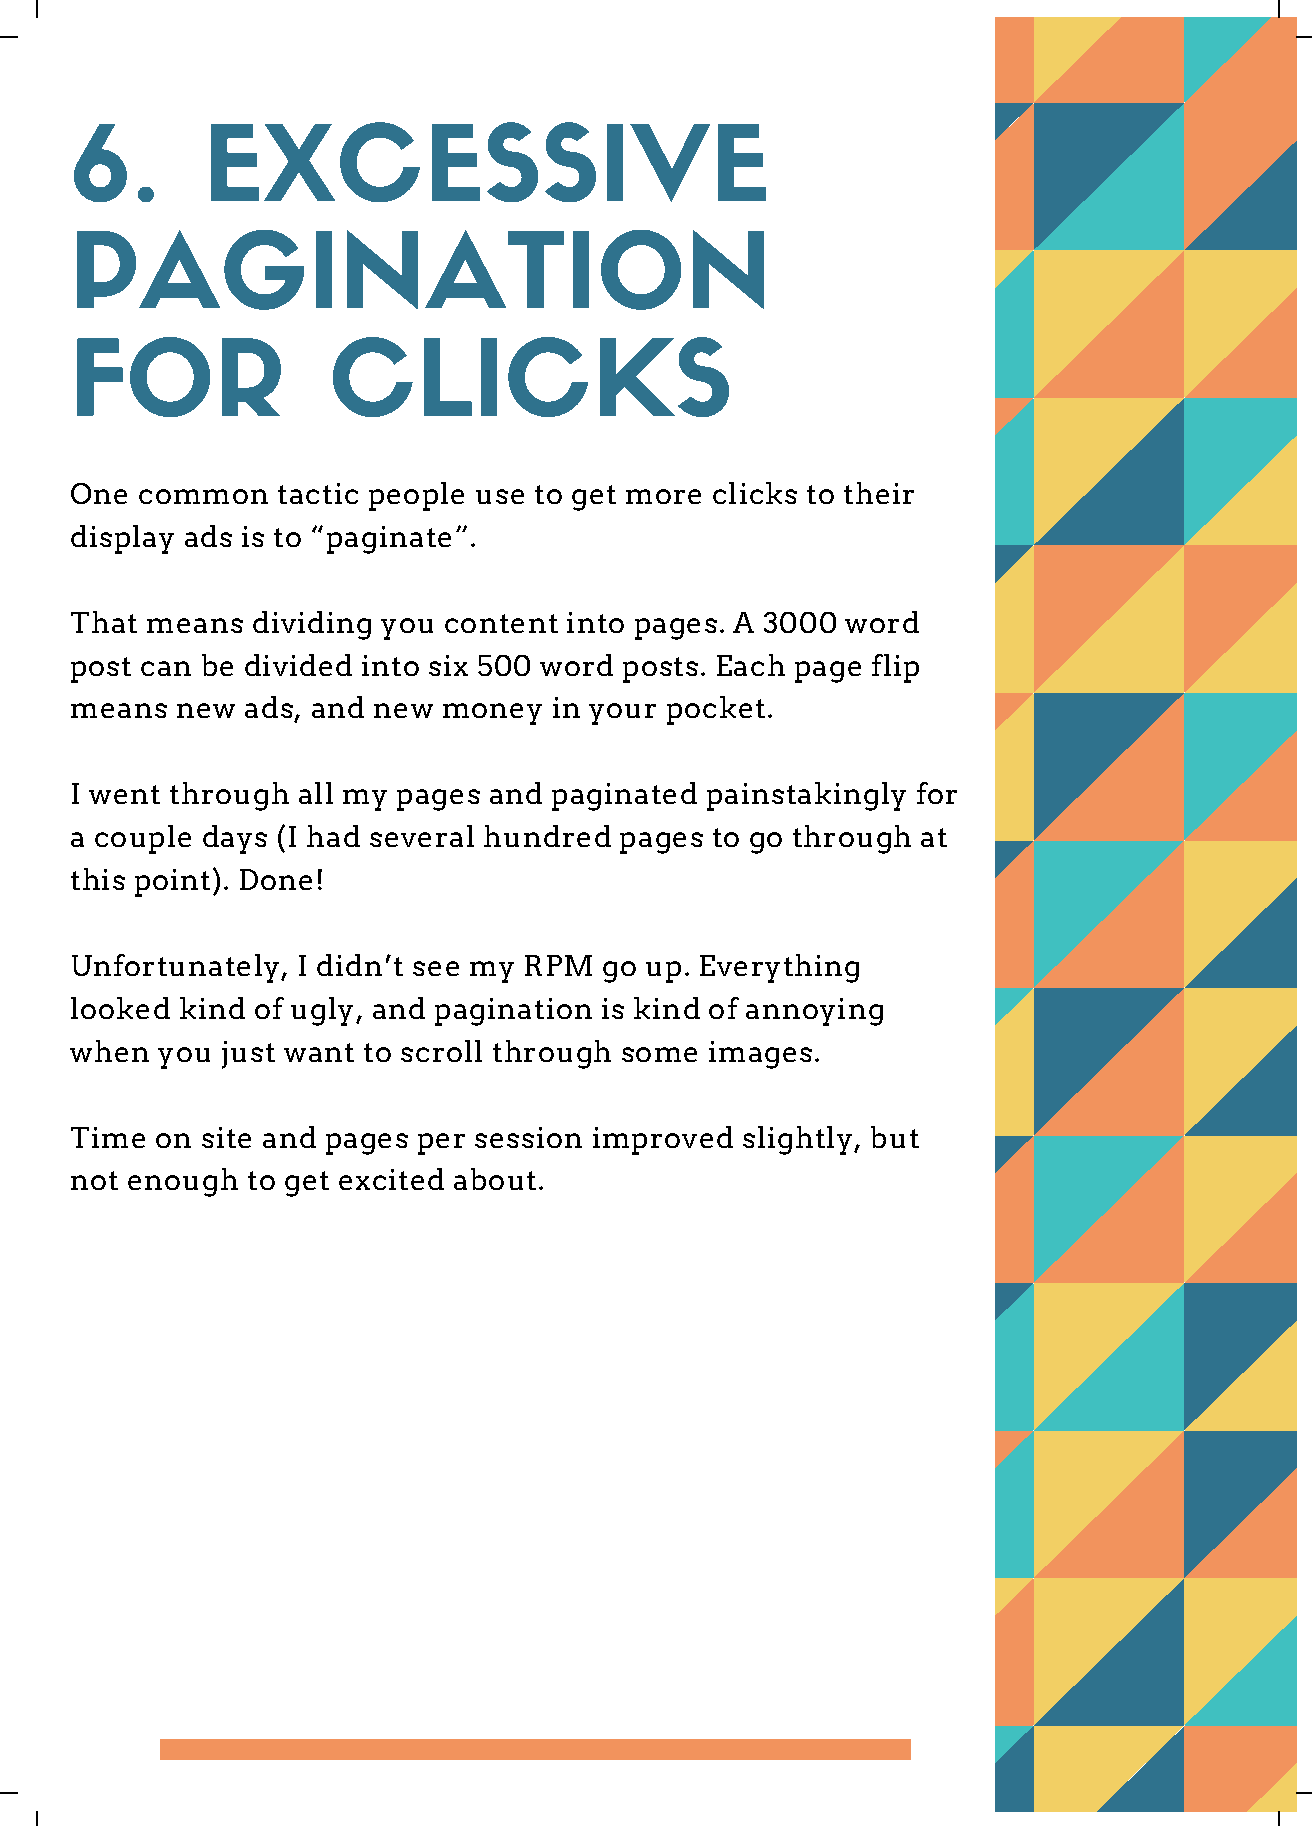
6.      EXCESSIVE
 PAGINATION
 FOR              CLICKS
 One common   tactic people use to get more clicks to their
 display ads is to “paginate”.
 That means  dividing you content into pages. A 3000 word
 post can be divided into six 500 word posts. Each page flip
 means  new ads, and new money  in your pocket.
 I went through all my pages and paginated painstakingly for
 a couple days (I had several hundred pages to go through at
 this point). Done!
 Unfortunately, I didn’t see my RPM go up. Everything
 looked kind of ugly, and pagination is kind of annoying
 when you  just want to scroll through some images.
 Time on site and pages per session improved slightly, but
 not enough to get excited about.